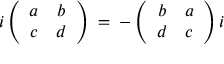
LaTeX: i \left( \begin{array} { c c } { { a } } & { { b } } \\ { { c } } & { { d } } \end{array} \right) \: = \: - \left( \begin{array} { c c } { { b } } & { { a } } \\ { { d } } & { { c } } \end{array} \right) i